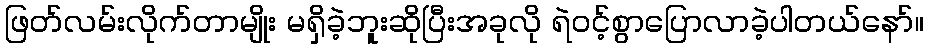
ဖြတ်လမ်းလိုက်တာမျိုး မရှိခဲ့ဘူးဆိုပြီးအခုလို ရဲဝင့်စွာပြောလာခဲ့ပါတယ်နော်။